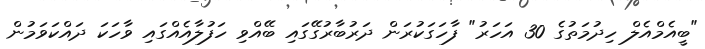
"ބީއެމްއެލް ހިދުމަތުގެ 30 އަހަރު" ފާހަގަކުރަން ދަރުބާރުގޭގައި ބޭއްވި ހަފުލާއެއްގައި ވާހަކަ ދައްކަވަމުން